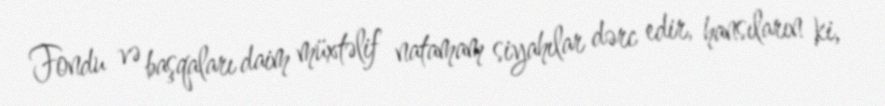
Fondu və başqaları daim müxtəlif natamam siyahılar dərc edir, hansıların ki,